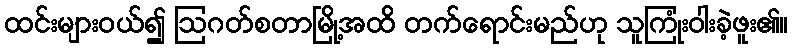
ထင်းများဝယ်၍ ဩဂတ်စတာမြို့အထိ တက်ရောင်းမည်ဟု သူကြုံးဝါးခဲ့ဖူး၏။